Vaccination in Bombay 1863-1868 - 1863-1868
Year: 1863
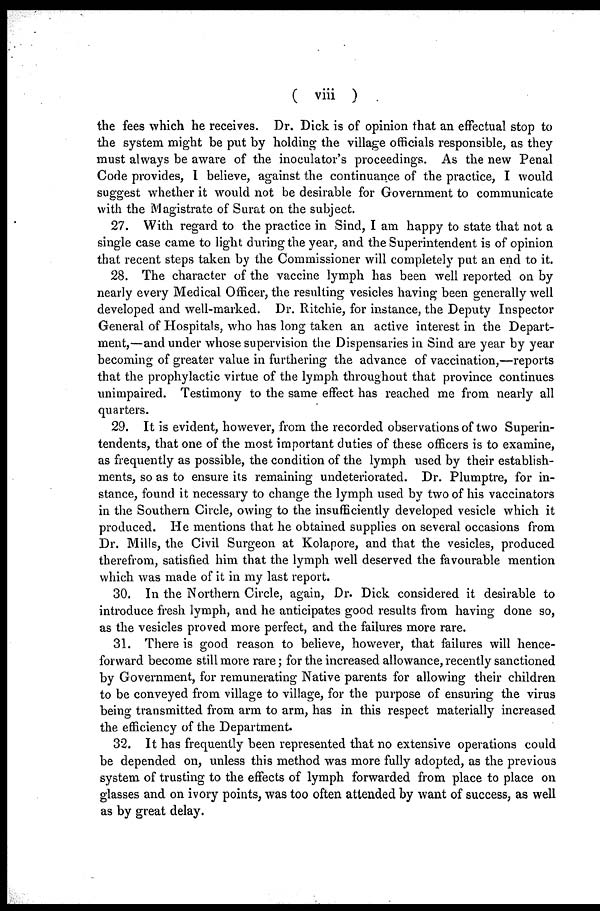
( viii )
the fees which he receives. Dr. Dick is of opinion that an effectual stop to
the system might be put by holding the village officials responsible, as they
must always be aware of the inoculator's proceedings. As the new Penal
Code provides, I believe, against the continuance of the practice, I would
suggest whether it would not be desirable for Government to communicate
with the Magistrate of Surat on the subject.
27. With regard to the practice in Sind, I am happy to state that not a
single case came to light during the year, and the Superintendent is of opinion
that recent steps taken by the Commissioner will completely put an end to it.
28. The character of the vaccine lymph has been well reported on by
nearly every Medical Officer, the resulting vesicles having been generally well
developed and well-marked. Dr. Ritchie, for instance, the Deputy Inspector
General of Hospitals, who has long taken an active interest in the Depart-
ment,—and under whose supervision the Dispensaries in Sind are year by year
becoming of greater value in furthering the advance of vaccination,—reports
that the prophylactic virtue of the lymph throughout that province continues
unimpaired. Testimony to the same effect has reached me from nearly all
quarters.
29. It is evident, however, from the recorded observations of two Superin-
tendents, that one of the most important duties of these officers is to examine,
as frequently as possible, the condition of the lymph used by their establish-
ments, so as to ensure its remaining undeteriorated. Dr. Plumptre, for in-
stance, found it necessary to change the lymph used by two of his vaccinators
in the Southern Circle, owing to the insufficiently developed vesicle which it
produced. He mentions that he obtained supplies on several occasions from
Dr. Mills, the Civil Surgeon at Kolapore, and that the vesicles, produced
therefrom, satisfied him that the lymph well deserved the favourable mention
which was made of it in my last report.
30. In the Northern Circle, again, Dr. Dick considered it desirable to
introduce fresh lymph, and he anticipates good results from having done so,
as the vesicles proved more perfect, and the failures more rare.
31. There is good reason to believe, however, that failures will hence-
forward become still more rare; for the increased allowance, recently sanctioned
by Government, for remunerating Native parents for allowing their children
to be conveyed from village to village, for the purpose of ensuring the virus
being transmitted from arm to arm, has in this respect materially increased
the efficiency of the Department.
32. It has frequently been represented that no extensive operations could
be depended on, unless this method was more fully adopted, as the previous
system of trusting to the effects of lymph forwarded from place to place on
glasses and on ivory points, was too often attended by want of success, as well
as by great delay.